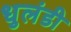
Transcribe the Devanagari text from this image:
धुलंडी